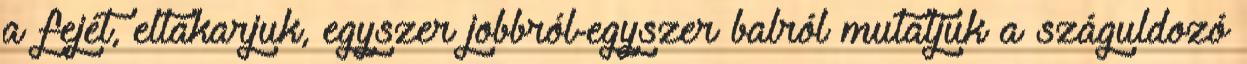
a fejét, eltakarjuk, egyszer jobbról-egyszer balról mutatjuk a száguldozó